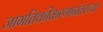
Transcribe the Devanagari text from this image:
जागतिकीकरणानंतरच्या